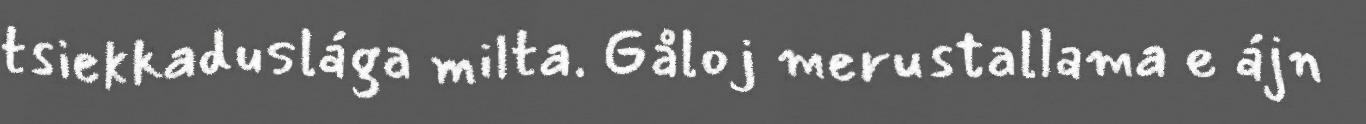
tsiekkaduslága milta. Gåloj merustallama e ájn